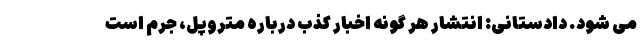
می شود. دادستانی: انتشار هر گونه اخبار کذب درباره متروپل، جرم است